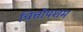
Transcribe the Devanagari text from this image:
चित्तोपशम